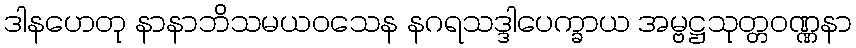
ဒါနဟေတု နာနာဘိသမယဝသေန နဂရသဒ္ဒါပေက္ခာယ အမ္ဗဋ္ဌသုတ္တဝဏ္ဏနာ